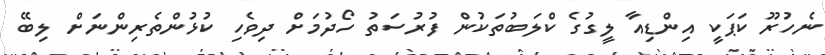
ނެހުރޫ ކަޕަކީ އިންޑިއާ ލީގުގެ ކްލަބުތަކުން ފުރުސަތު ހޯދުމަށް ދިވެހި ކުޅުންތެރިންނަށް ލިބޭ